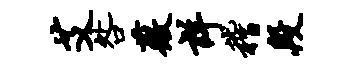
艾咎薇详稽段